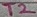
Text: T2